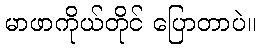
မာဖာကိုယ်တိုင် ပြောတာပဲ။